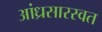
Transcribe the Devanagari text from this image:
आंध्रसारस्वत